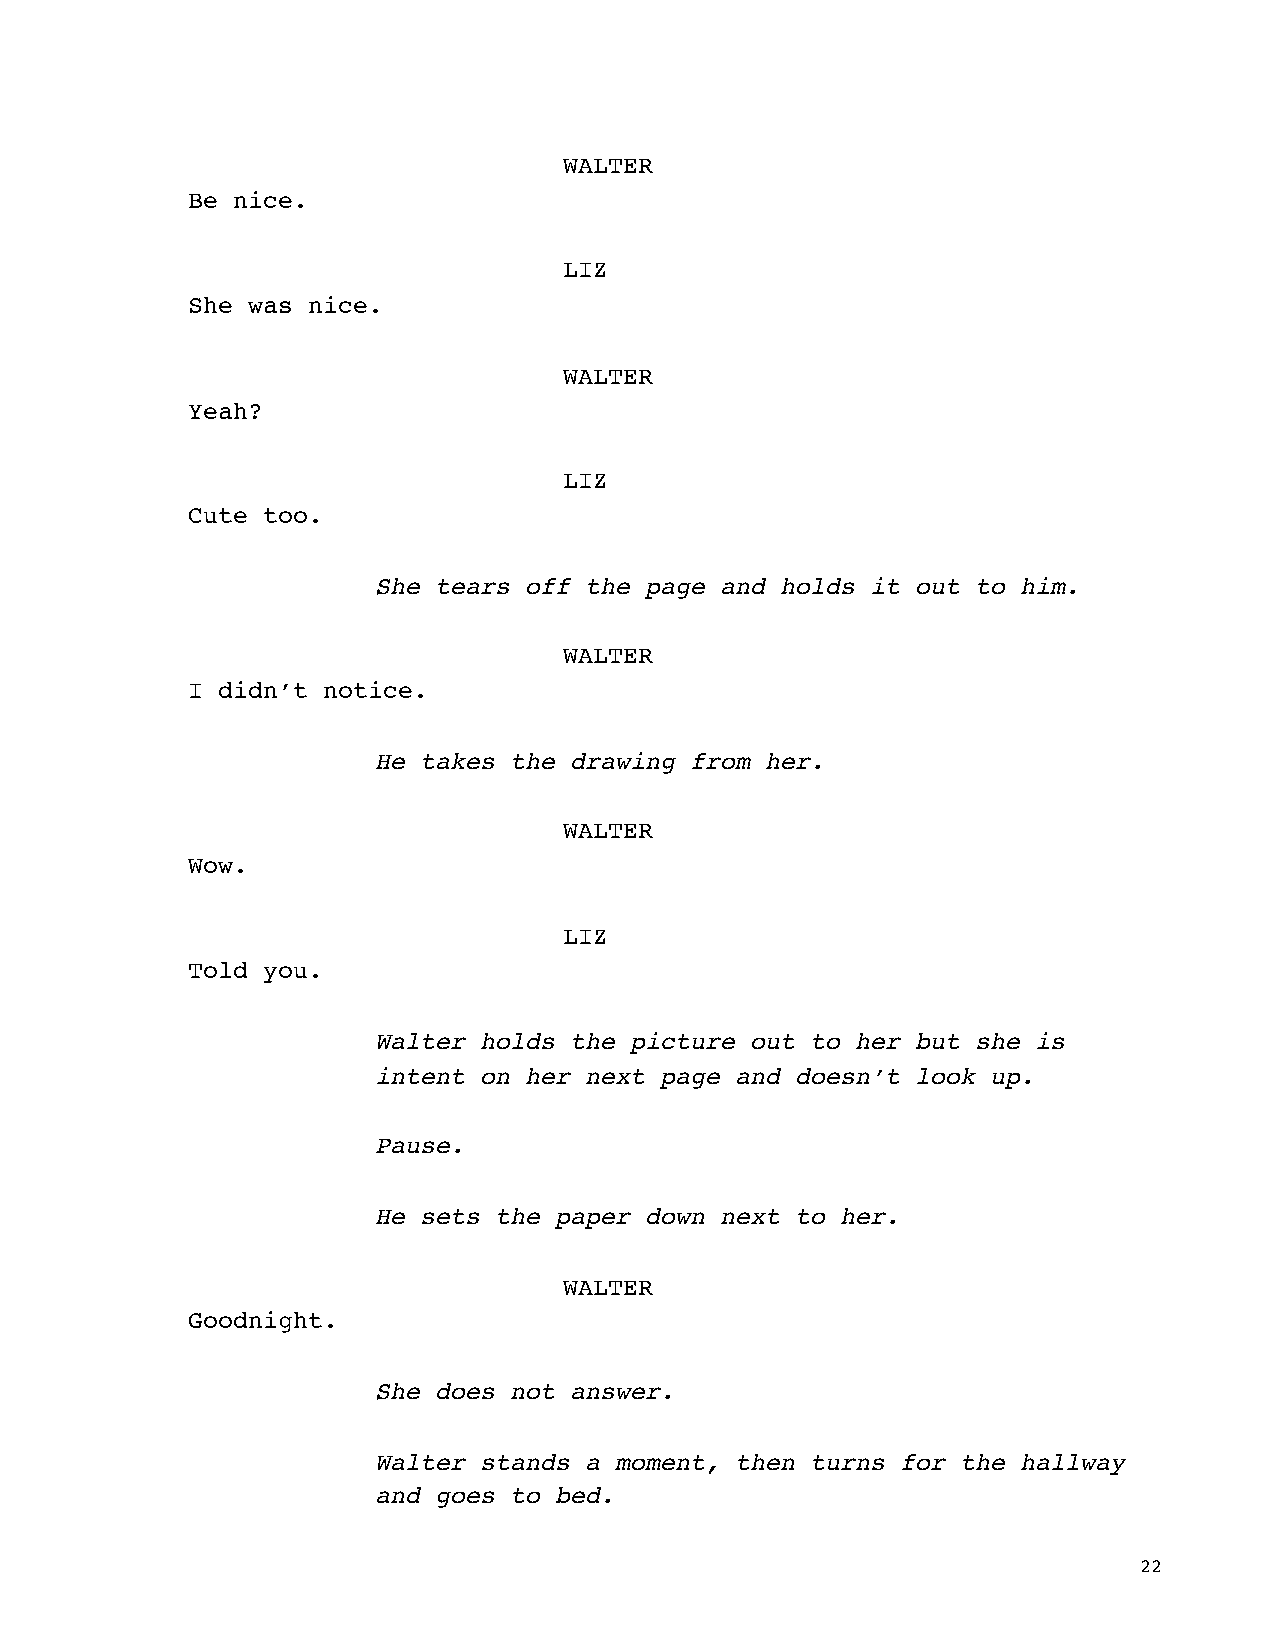
WALTER
 Be nice.
 LIZ
 She was nice.
 WALTER
 Yeah?
 LIZ
 Cute too.
 She tears off the page and holds it out to him.
 WALTER
 I didn’t notice.
 He takes the drawing from her.
 WALTER
 Wow.
 LIZ
 Told you.
 Walter holds the picture out to her but she is
 intent on her next page and doesn’t look up.
 Pause.
 He sets the paper down next to her.
 WALTER
 Goodnight.
 She does not answer.
 Walter stands a moment, then turns for the hallway
 and goes to bed.
 22